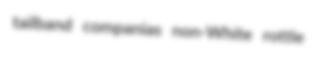
tailband companias non-White rottle